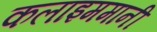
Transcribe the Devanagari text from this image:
कलाइममानी